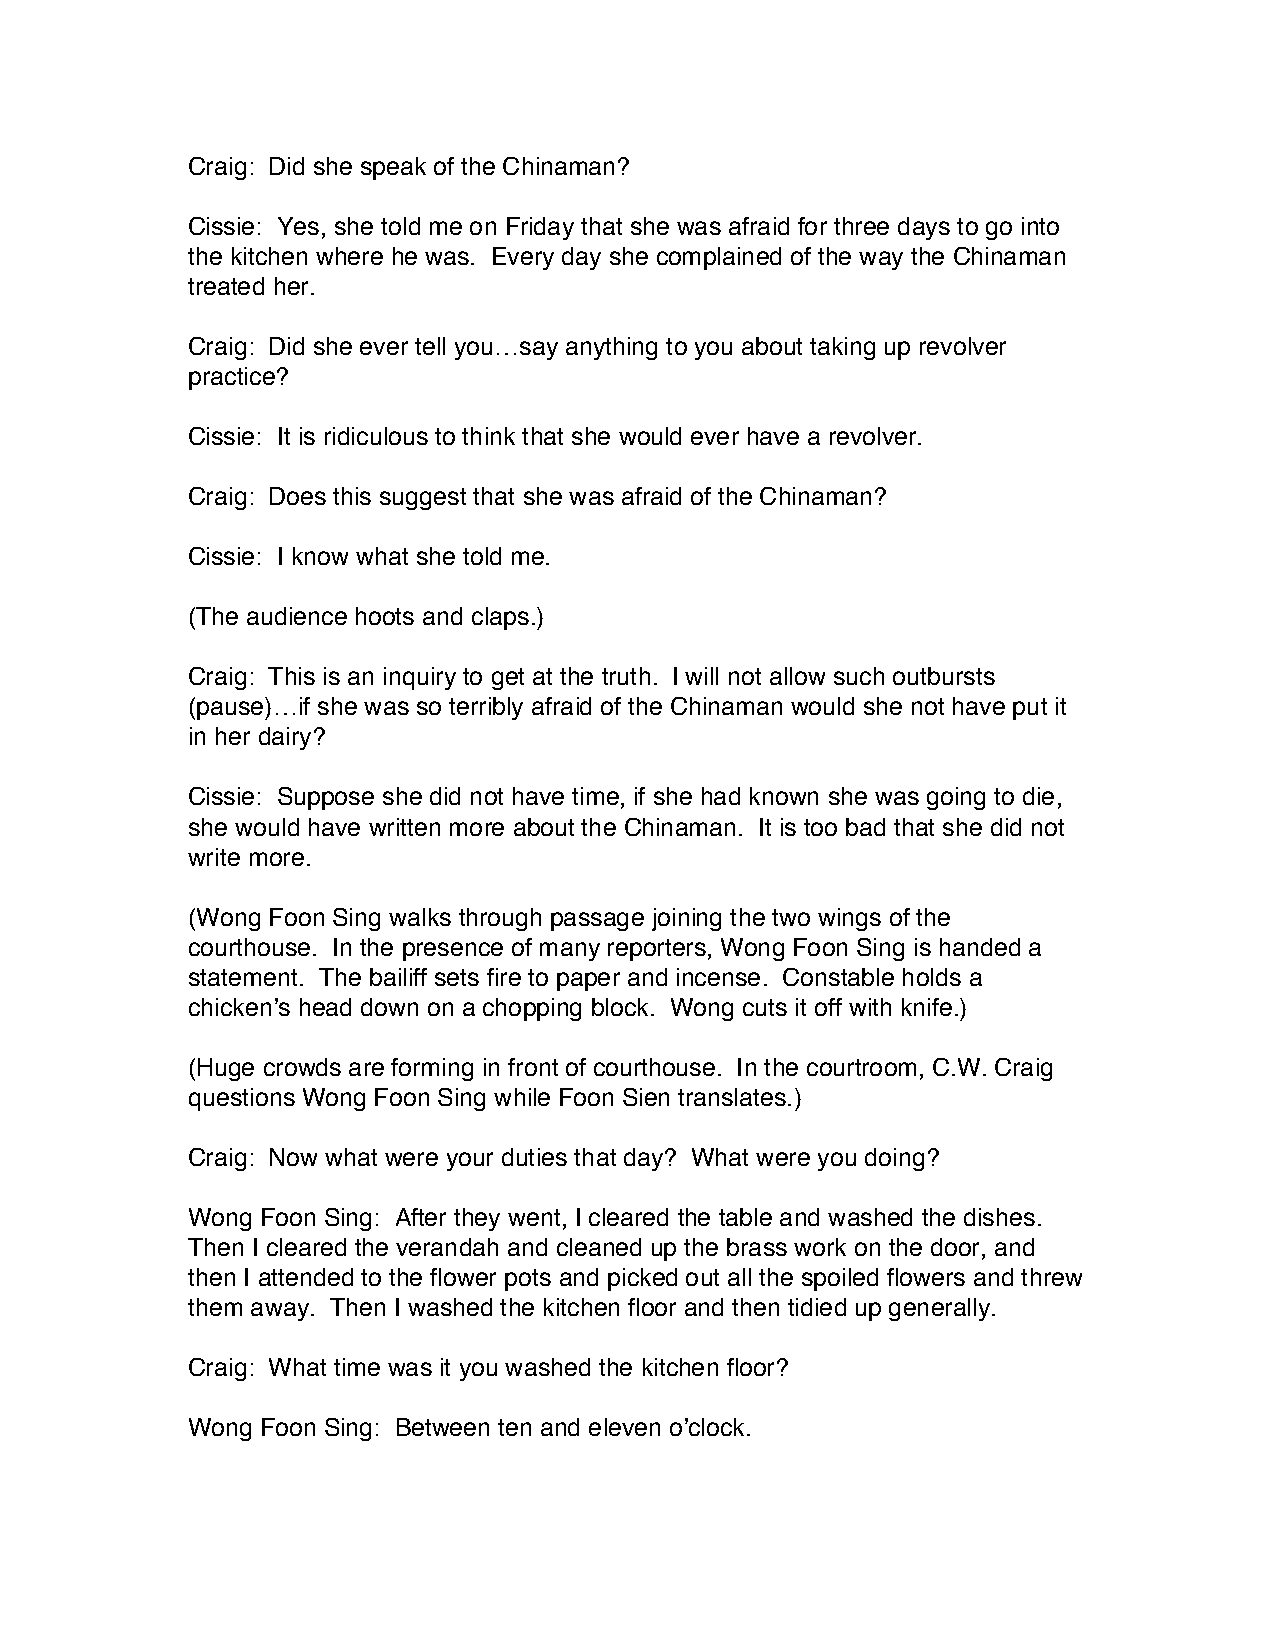
Craig: Did she speak of the Chinaman?
 Cissie: Yes, she told me on Friday that she was afraid for three days to go into
 the kitchen where he was. Every day she complained of the way the Chinaman
 treated her.
 Craig: Did she ever tell you…say anything to you about taking up revolver
 practice?
 Cissie: It is ridiculous to think that she would ever have a revolver.
 Craig: Does this suggest that she was afraid of the Chinaman?
 Cissie: I know what she told me.
 (The audience hoots and claps.)
 Craig: This is an inquiry to get at the truth. I will not allow such outbursts
 (pause)…if she was so terribly afraid of the Chinaman would she not have put it
 in her dairy?
 Cissie: Suppose she did not have time, if she had known she was going to die,
 she would have written more about the Chinaman. It is too bad that she did not
 write more.
 (Wong Foon Sing walks through passage joining the two wings of the
 courthouse. In the presence of many reporters, Wong Foon Sing is handed a
 statement. The bailiff sets fire to paper and incense. Constable holds a
 chicken’s head down on a chopping block. Wong cuts it off with knife.)
 (Huge crowds are forming in front of courthouse. In the courtroom, C.W. Craig
 questions Wong Foon Sing while Foon Sien translates.)
 Craig: Now what were your duties that day? What were you doing?
 Wong Foon Sing: After they went, I cleared the table and washed the dishes.
 Then I cleared the verandah and cleaned up the brass work on the door, and
 then I attended to the flower pots and picked out all the spoiled flowers and threw
 them away. Then I washed the kitchen floor and then tidied up generally.
 Craig: What time was it you washed the kitchen floor?
 Wong Foon Sing: Between ten and eleven o’clock.